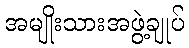
အမျိုးသားအဖွဲ့ချုပ်